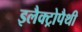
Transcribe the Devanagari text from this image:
इलैक्ट्रोपैथी